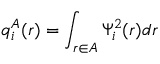
q _ { i } ^ { A } ( \boldsymbol { r } ) = \int _ { \boldsymbol { r } \in A } \Psi _ { i } ^ { 2 } ( \boldsymbol { r } ) d \boldsymbol { r }